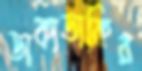
ডাকাডাকির